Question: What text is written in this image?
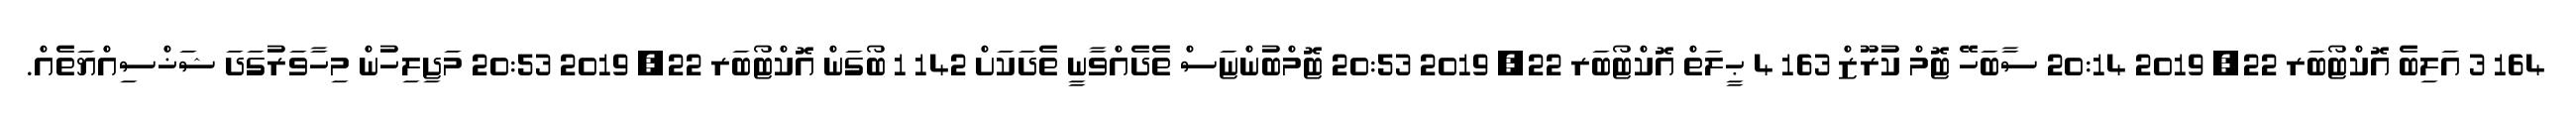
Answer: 164 3 އަލިބެ އޮކްޓޯބަރ 22, 2019 20:14 ސާބަހޭ ޓޮމް ކުރޫޒް 163 4 ޙީލަތް އޮކްޓޯބަރ 22, 2019 20:53 ޓޮމްބުންޏަސް ތެދެއްވާނީ ތެދަކަށް 142 1 ބޯގަން އޮކްޓޯބަރ 22, 2019 20:53 މަޖިލިހުން މިހާވަރުގަދަ ޝަޚްސިއްޔަތެއް.